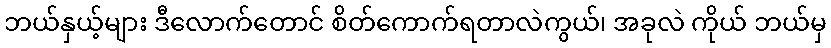
ဘယ်နှယ့်များ ဒီလောက်တောင် စိတ်ကောက်ရတာလဲကွယ်၊ အခုလဲ ကိုယ် ဘယ်မှ